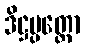
ဒိဋ္ဌပ္ပတ္တော